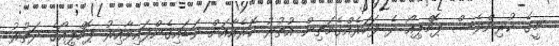
މީގެ ކުރިންވެސް ޕޮމްޕިއޯ ދެ ފަހަރެއްގެމަތިން އުތުރު ކޮރެއާއަށް ވަޑައިގެންފައިވާއިރު ޕޮމްޕިއޯގެ ދަތުރު